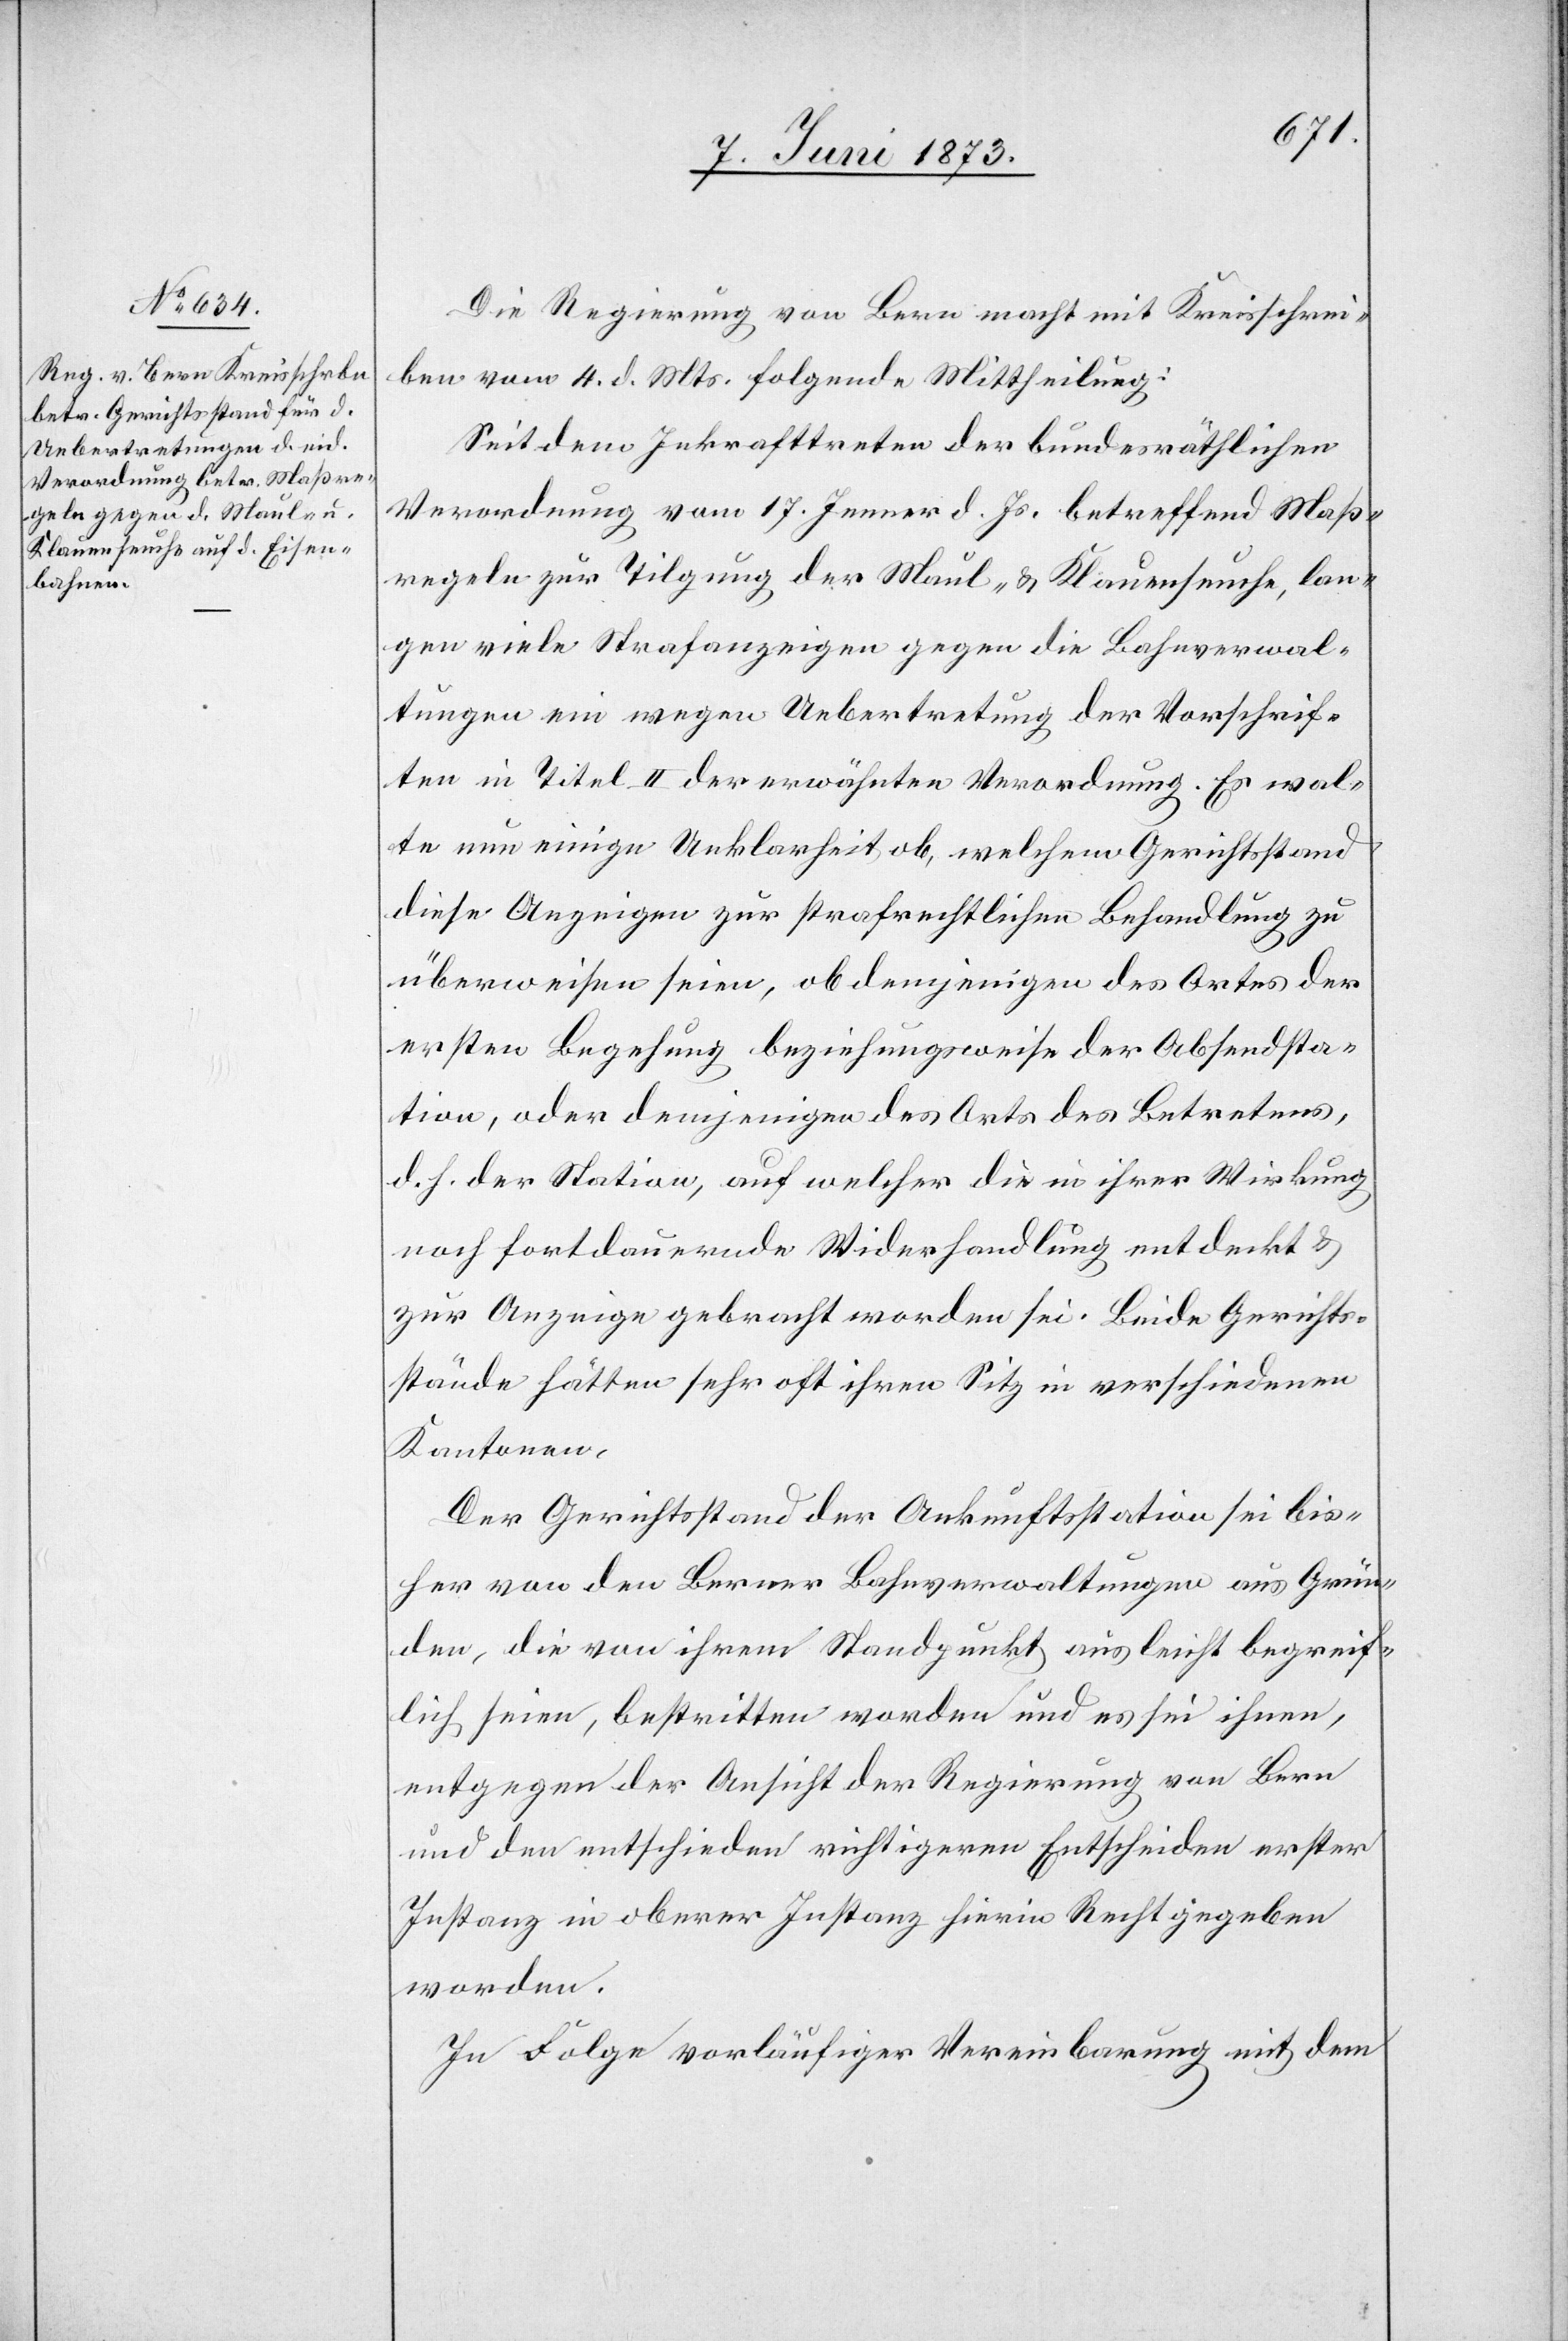
7. Juni 1873.]
Die Regierung von Bern macht mit Kreisschrei¬
ben vom 4. d. Mts. folgende Mittheilung:
Seit dem Inkrafttreten der bundesräthlichen
Verordnung vom 17. Jenner d. Js. betreffend Maß¬
regeln zur Tilgung der Maul- & Klauenseuche, lan¬
gen viele Strafanzeigen gegen die Bahnverwal¬
tungen ein wegen Uebertretung der Vorschrif¬
ten in Titel II der erwähnten Verordnung. Es wal¬
te nun einige Unklarheit ob, welchem Gerichtsstand
diese Anzeigen zur strafrechtlichen Behandlung zu
überweisen seien, ob demjenigen des Ortes der
ersten Begehung beziehungsweise der Absendsta¬
tion, oder demjenigen des Orts des Betretens,
d. h. der Station, auf welcher die in ihrer Wirkung
noch fortdauernde Widerhandlung entdeckt &
zur Anzeige gebracht worden sei. Beide Gerichts¬
stände hätten sehr oft ihren Sitz in verschiedenen
Kantonen.
Der Gerichtsstand der Ankunftsstation sei bis¬
her von den Berner Bahnverwaltungen aus Grün¬
den, die von ihrem Standpunkt aus leicht begreif¬
lich seien, bestritten worden und es sei ihnen,
entgegen der Ansicht der Regierung von Bern
und den entschieden richtigeren Entscheiden erster
Instanz in oberer Instanz hierin Recht gegeben
worden.
In Folge vorläufiger Vereinbarung mit dem